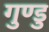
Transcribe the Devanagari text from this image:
गुण्डु